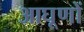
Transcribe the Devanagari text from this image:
आघूणों